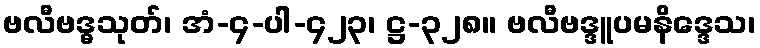
ဗလီဗဒ္ဓသုတ်၊ အံ-၄-ပါ-၄၂၃၊ ဋ္ဌ-၃၂၈။ ဗလီဗဒ္ဒူပမနိဒ္ဒေသ၊